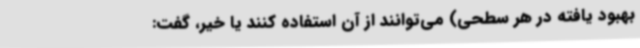
بهبود یافته در هر سطحی) می‌توانند از آن استفاده کنند یا خیر، گفت: